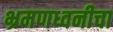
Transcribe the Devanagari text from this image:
भ्रमणध्वनीचा